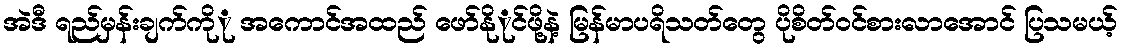
အဲဒီ ရည်မှန်းချက်ကိုု အကောင်အထည် ဖော်နိုုင်ဖို့နဲ့ မြန်မာပရိသတ်တွေ ပိုစိတ်ဝင်စားလာအောင် ပြသမယ့်